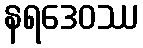
နရဒေဝဿ